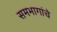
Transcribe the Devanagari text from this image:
समभागांचे